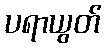
ပရာယွတ်